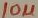
Text: 10µ